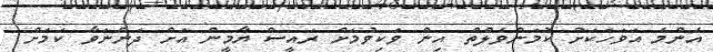
އެންމެ އަވަހަކަށް ކޮމަންވެލްތް އިން ވަކިވުމަށް ރައީސް ޔާމީން އަށް ދަންނަވާ ކަމަށް